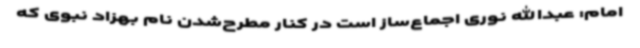
امام: عبدالله نوری اجماع‌ساز است در کنار مطرح‌شدن نام بهزاد نبوی که